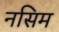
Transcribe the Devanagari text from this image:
नसिम